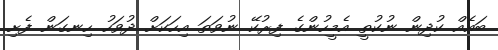
ބައެއް ކުދިން ނުކުތީ އެމީހުންގެ ފިރުކޭ ނުވަތަ އިހަކަށް ދުވަހު ހިނގަން ފެށި